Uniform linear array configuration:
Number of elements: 8
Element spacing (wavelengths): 0.5
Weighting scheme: exponential
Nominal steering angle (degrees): -60
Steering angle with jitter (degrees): -61.076
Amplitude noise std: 0.05
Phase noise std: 0.05

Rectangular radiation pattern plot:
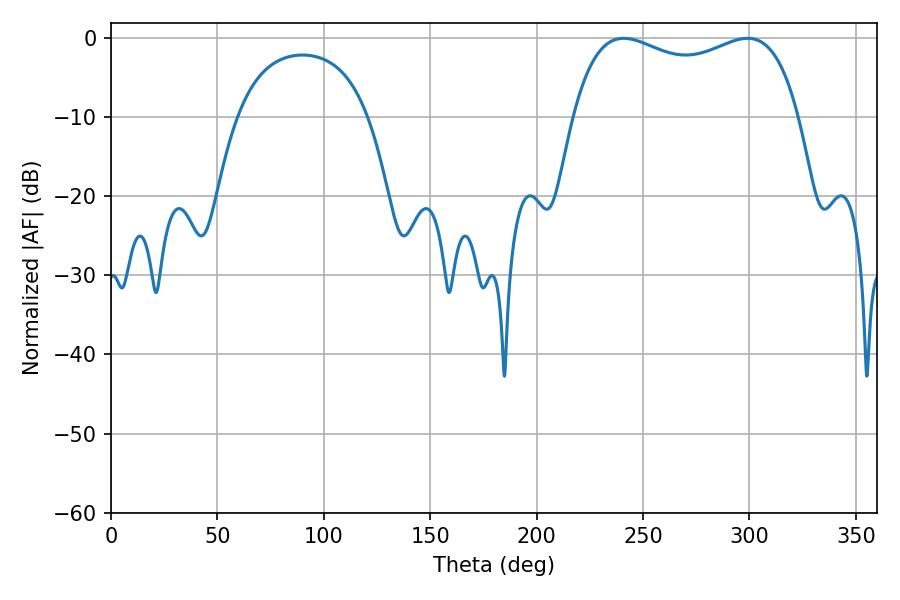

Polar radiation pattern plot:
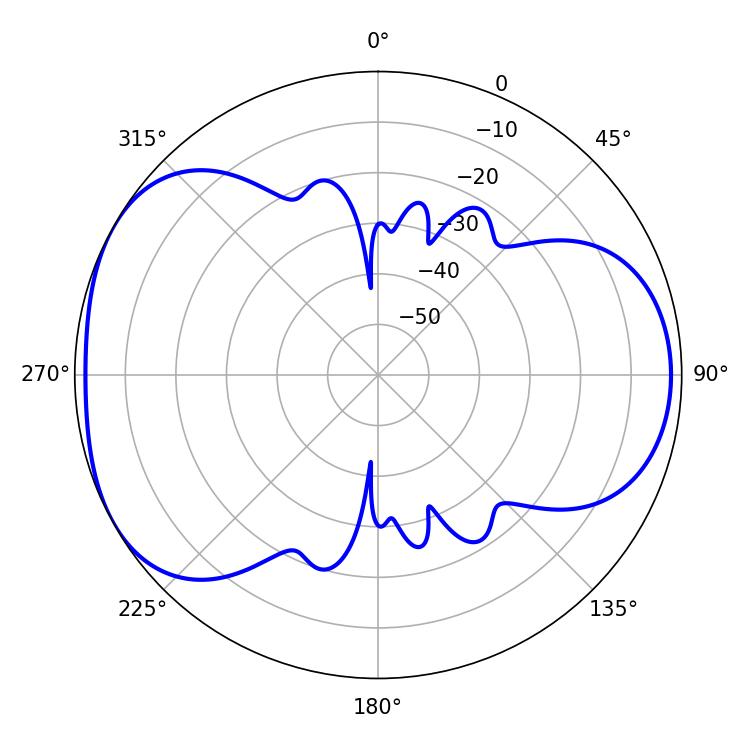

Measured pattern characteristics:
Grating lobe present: FALSE
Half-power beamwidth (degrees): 87.48
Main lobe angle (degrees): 240.84